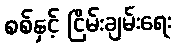
စစ်နှင့် ငြိမ်းချမ်းရေး